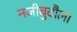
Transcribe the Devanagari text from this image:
नजीबुदौला